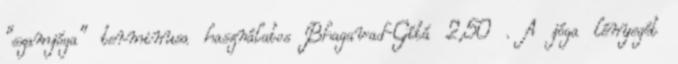
"szamjóga" terminusa használatos Bhagavad-Gítá 2,50 . A jóga lényegét